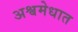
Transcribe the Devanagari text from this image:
अश्वमेधात